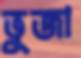
ভুজা